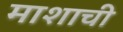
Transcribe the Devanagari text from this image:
माशाची